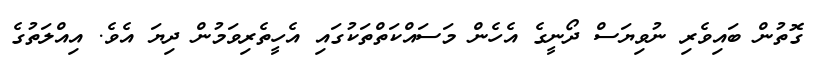
ގޮތުން ބައިވެރި ނުވިޔަސް ދޯނީގެ އެހެން މަސައްކަތްތަކުގައި އެހީތެރިވަމުން ދިޔަ އެވެ. އިއްލަތުގެ